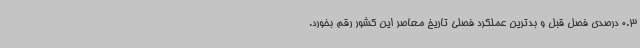
0.3 درصدی فصل قبل و بدترین عملکرد فصلی تاریخ معاصر این کشور رقم بخورد.